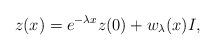
LaTeX: \begin{align*}z(x)=e^{-\lambda x}z(0) +w_{\lambda}(x) I,\end{align*}